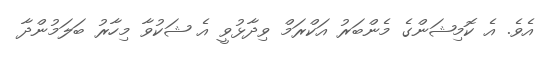
އެވެ. އެ ކޮމިޝަންގެ މެންބަރު އަކްރަމް ވިދާޅުވީ އެ ޝަކުވާ މިހާރު ބަލަމުންދާ